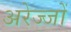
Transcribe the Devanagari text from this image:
अरेज्जों